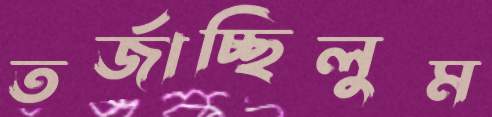
তর্জাচ্ছিলুম